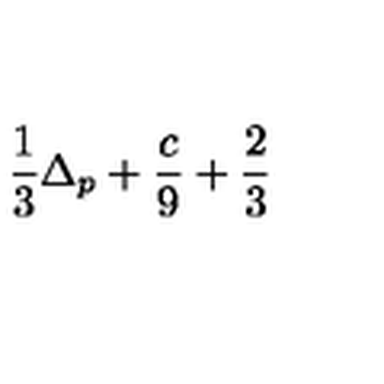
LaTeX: \frac { 1 } { 3 } \Delta _ { p } + \frac { c } { 9 } + \frac { 2 } { 3 }